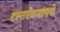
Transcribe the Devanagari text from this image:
दस्तऐवजांमधे